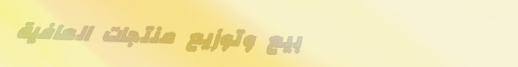
بيع وتوزيع منتجات العافية